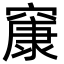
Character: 䆲